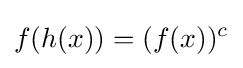
f(h(x))=(f(x))^{c}